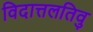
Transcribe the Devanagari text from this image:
विदात्तलतिवु